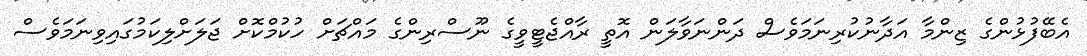
އެބޭފުޅުންގެ ޒިންމާ އަދާނުކުރިނަމަވެސް ދަންނަވާލަން އޮތީ ރާއްޖެޓީވީގެ ނޫސްރިންގެ މައްޗަށް ހުކުމްކޮށް ޖަލަށްލިކަމުގައިވިނަމަވެސް